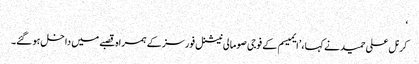
‘
کرنل علی حمید نے کہا، ’ایمیسم کے فوجی صومالی نیشنل فورسز کے ہمراہ قصبے میں داخل ہو گئے۔